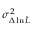
\sigma _ { \Delta \ln \hat { \cal L } } ^ { 2 }